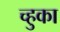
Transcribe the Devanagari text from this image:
च्हुका